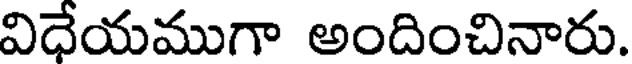
విధేయముగా అందించినారు.